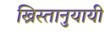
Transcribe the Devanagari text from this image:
ख्रिस्तानुयायी